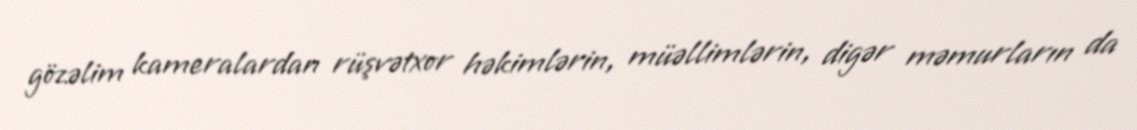
gözəlim kameralardan rüşvətxor həkimlərin, müəllimlərin, digər məmurların da